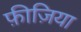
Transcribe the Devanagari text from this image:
फ़ीज़िया